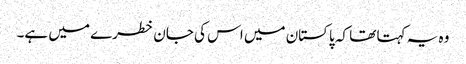
وہ یہ کہتا تھا کہ پاکستان میں اس کی جان خطرے میں ہے۔